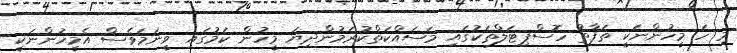
މި ހަ މީހުންނަކީ ތަފާތު ހޮސްޕިޓަލްތަކުގައި މަސައްކަތްކުރަމުންދިޔަ މީހުން ކަމުގައި ވީނަމަވެސް އެމީހުންނަކީ